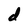
Character: d